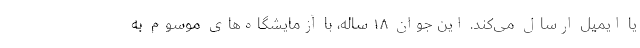
یا ایمیل ارسال می‌کند. این جوان ۱۸ ساله، با آزمایشگاه‌های موسوم به